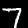
Label: 7